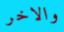
والاخر